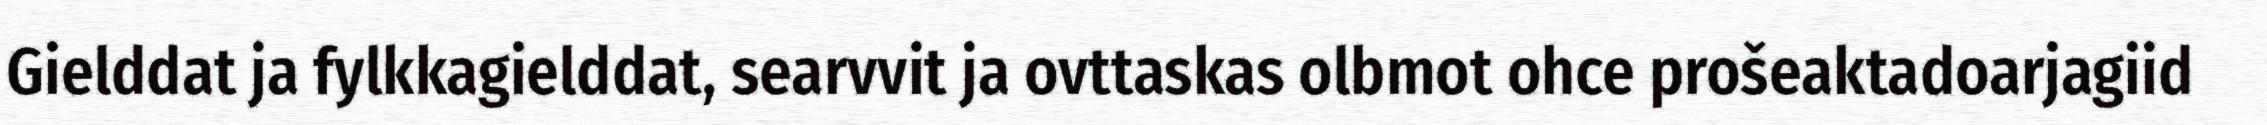
Gielddat ja fylkkagielddat, searvvit ja ovttaskas olbmot ohce prošeaktadoarjagiid